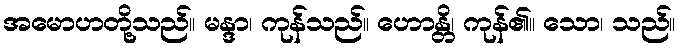
အမောဟတို့သည်။ မန္ဒာ၊ ကုန်သည်။ ဟောန္တိ၊ ကုန်၏။ သော၊ သည်။